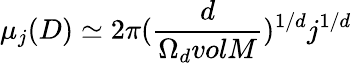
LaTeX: {\mu}_{j}(D)\simeq 2{\pi}(\frac{d}{{\Omega}_{d}volM})^{1/d}j^{1/d}